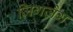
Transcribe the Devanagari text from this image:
ज़िगज़ैग